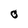
Character: o